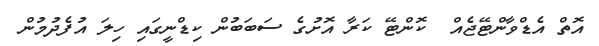
އޮތް އެޑްވާންޓޭޖެއް  ކޮންޓޭ ކަރާ އޮށުގެ ސަބަބުން ކިޑްނީގައި ހިލަ އުފެދުމުން